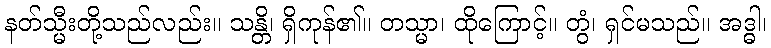
နတ်သ္မီးတို့သည်လည်း။ သန္တိ၊ ရှိကုန်၏။ တသ္မာ၊ ထိုကြောင့်။ တွံ၊ ရှင်မသည်။ အဒ္ဓါ၊